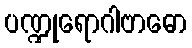
ပဏ္ဍုရောဂါဗာဓော